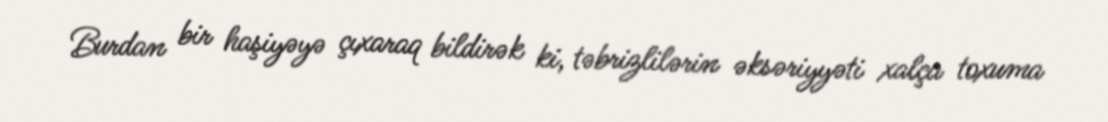
Burdan bir haşiyəyə çıxaraq bildirək ki, təbrizlilərin əksəriyyəti xalça toxuma